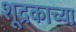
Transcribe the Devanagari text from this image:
शूद्रकाच्या